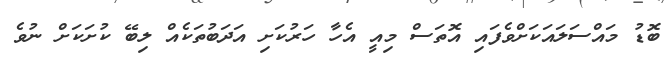
ބޮޑު މައްސަލައަކަށްވެފައި އޮތަސް މިއީ އެހާ ހަރުކަށި އަދަބުތަކެއް ލިބޭ ކުށަކަށް ނުވެ